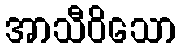
အာသီဝိသော